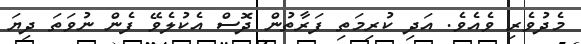
މެދުވެރި ވެއެވެ. އަދި ކުރިމަތި ފަރާތުން ދޮސް އެކުލެވޭ ފެން ނުވަތަ ދިޔަ